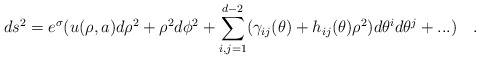
\begin{align*}ds^2=e^{\sigma}( u(\rho,a)d\rho^2+\rho^2d\phi^2 +\sum_{i,j=1}^{d-2}(\gamma_{ij}(\theta)+h_{ij}(\theta)\rho^2)d\theta^id\theta^j + ...)~~~.\end{align*}